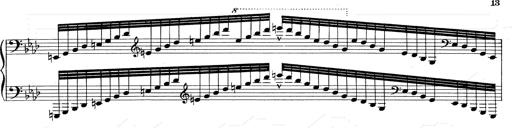
Title: Weinen, Klagen, Sorgen, Zagen
Composer: Franz Liszt